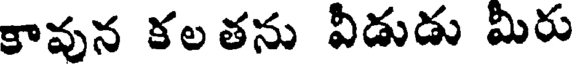
కావున కల తను వీడుడు మీరు